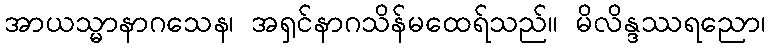
အာယသ္မာနာဂသေန၊ အရှင်နာဂသိန်မထေရ်သည်။ မိလိန္ဒဿရညော၊